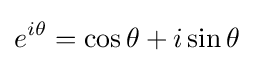
e^{i\theta }=\cos \theta +i\sin \theta